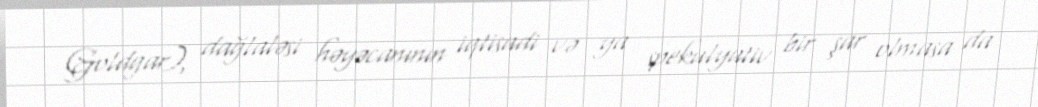
Goldgar), dağlaləsi həyəcanının iqtisadi və ya spekulyativ bir şar olmasa da